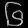
Digit: ၆